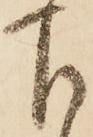
下